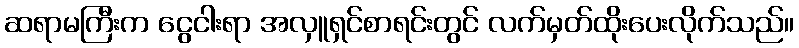
ဆရာမကြီးက ငွေငါးရာ အလှူရှင်စာရင်းတွင် လက်မှတ်ထိုးပေးလိုက်သည်။